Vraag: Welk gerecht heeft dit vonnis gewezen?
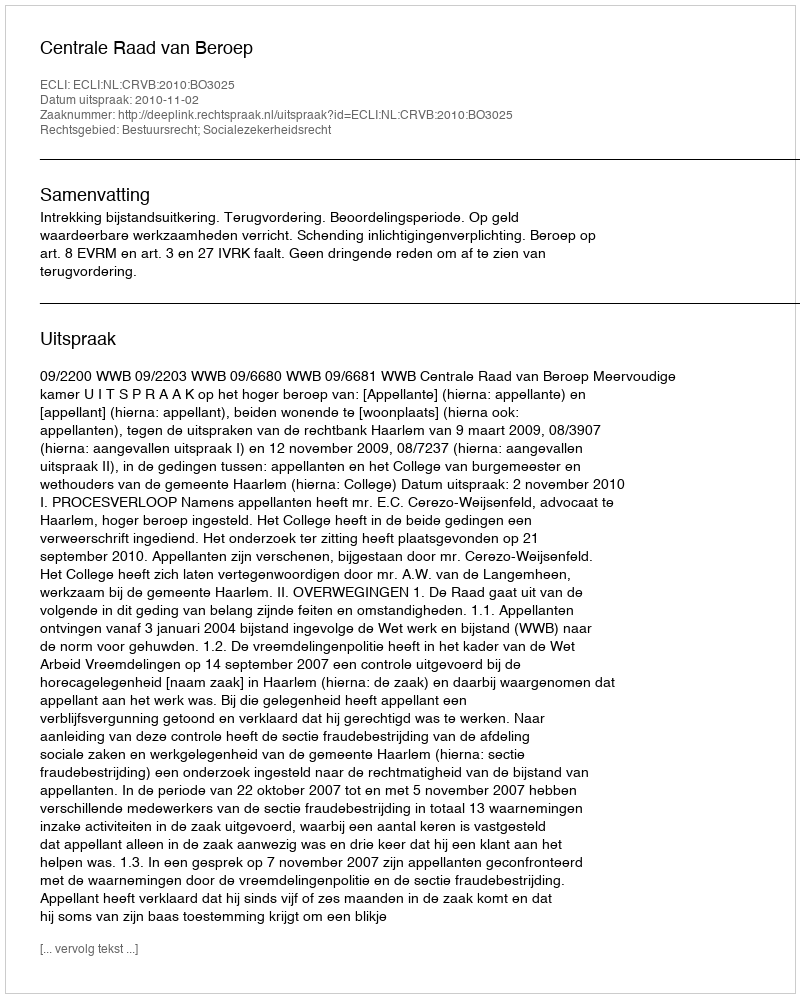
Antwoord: Centrale Raad van Beroep